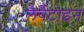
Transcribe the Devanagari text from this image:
लैवैंटाइन